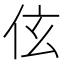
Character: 伭